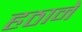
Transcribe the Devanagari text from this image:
हठाने